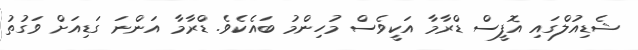
ޝެޑިއުލްގައި އޮފީސް ޑްރާމާ އަކީވެސް މުހިންމު ބައެކެވެ. ޑްރާމާ އަންނަ ގަޑިއަށް ވަގުތު